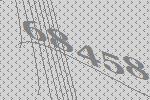
68458